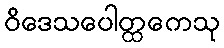
ဝိဒေသပေါတ္ထကေသု